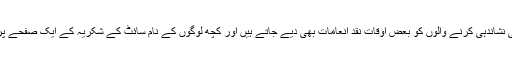
اس طرح کے مسائل کی نشاندہی کرنے والوں کو بعض اوقات نقد انعامات بھی دیے جاتے ہیں اور کچھ لوگوں کے نام سائٹ کے شکریہ کے ایک صفحے پر بھی لکھے جاتے ہیں۔